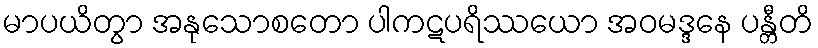
မာပယိတွာ အနုသောစတော ပါကဋပရိဿယော အဝမဒ္ဒနေ ပန္တီတိ